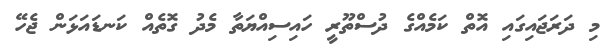
މި ދަރަޖައިގައި އޮތް ކަމެއްގެ ދުސްތޫރީ ހައިސިއްޔަތާ މެދު ގޮތެއް ކަނޑައަޅަން ޖެހޭ